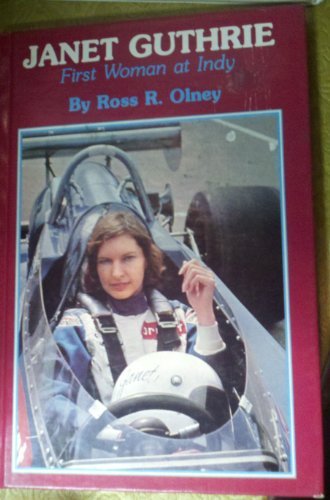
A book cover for Janet Guthrie: First Woman at Indy; Ross Robert Olney; Teen & Young Adult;